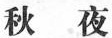
秋叶